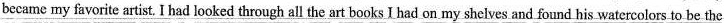
became my favorite artist. I had looked through all the art books I had on my shelves and found his watercolors to be the